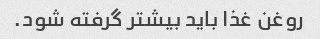
روغن غذا باید بیشتر گرفته شود.